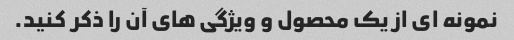
نمونه ای از یک محصول و ویژگی های آن را ذکر کنید.